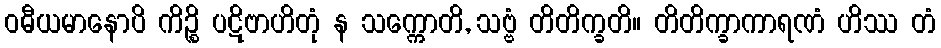
ဝဓီယမာနောပိ ကိဉ္စိ ပဋိဗာဟိတုံ န သက္ကောတိ, သဗ္ဗံ တိတိက္ခတိ။ တိတိက္ခာကာရဏံ ဟိဿ တံ